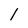
Character: l